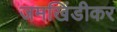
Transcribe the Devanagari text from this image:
जमखिंडीकर